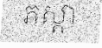
ភស្តា